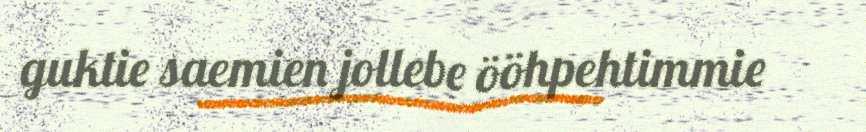
guktie saemien jollebe ööhpehtimmie